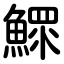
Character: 鰥